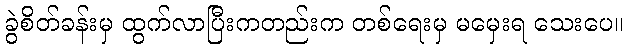
ခွဲစိတ်ခန်းမှ ထွက်လာပြီးကတည်းက တစ်ရေးမှ မမှေးရ သေးပေ။